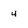
Character: 4